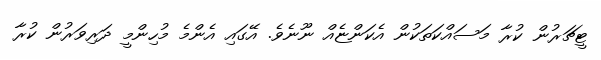
ޓީޗަރުން ކުރާ މަސައްކަތަކުން އެކަންޏެއް ނޫނެވެ. އޭގައި އެންމެ މުހިންމީ ދަރިވަރުން ކުރާ